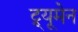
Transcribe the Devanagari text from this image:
ट्र्यूमेन